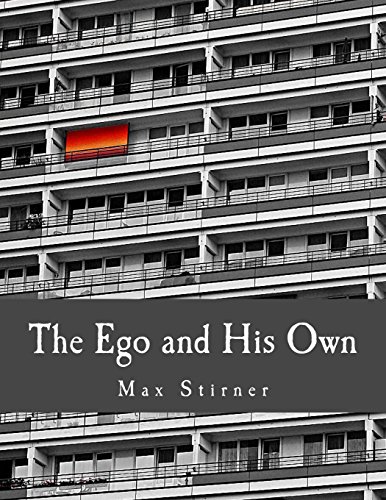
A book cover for The Ego and His Own (Large Print Edition); Max Stirner; Politics & Social Sciences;